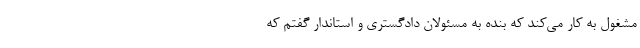
مشغول به کار می‌کند که بنده به مسئولان دادگستری و استاندار گفتم که